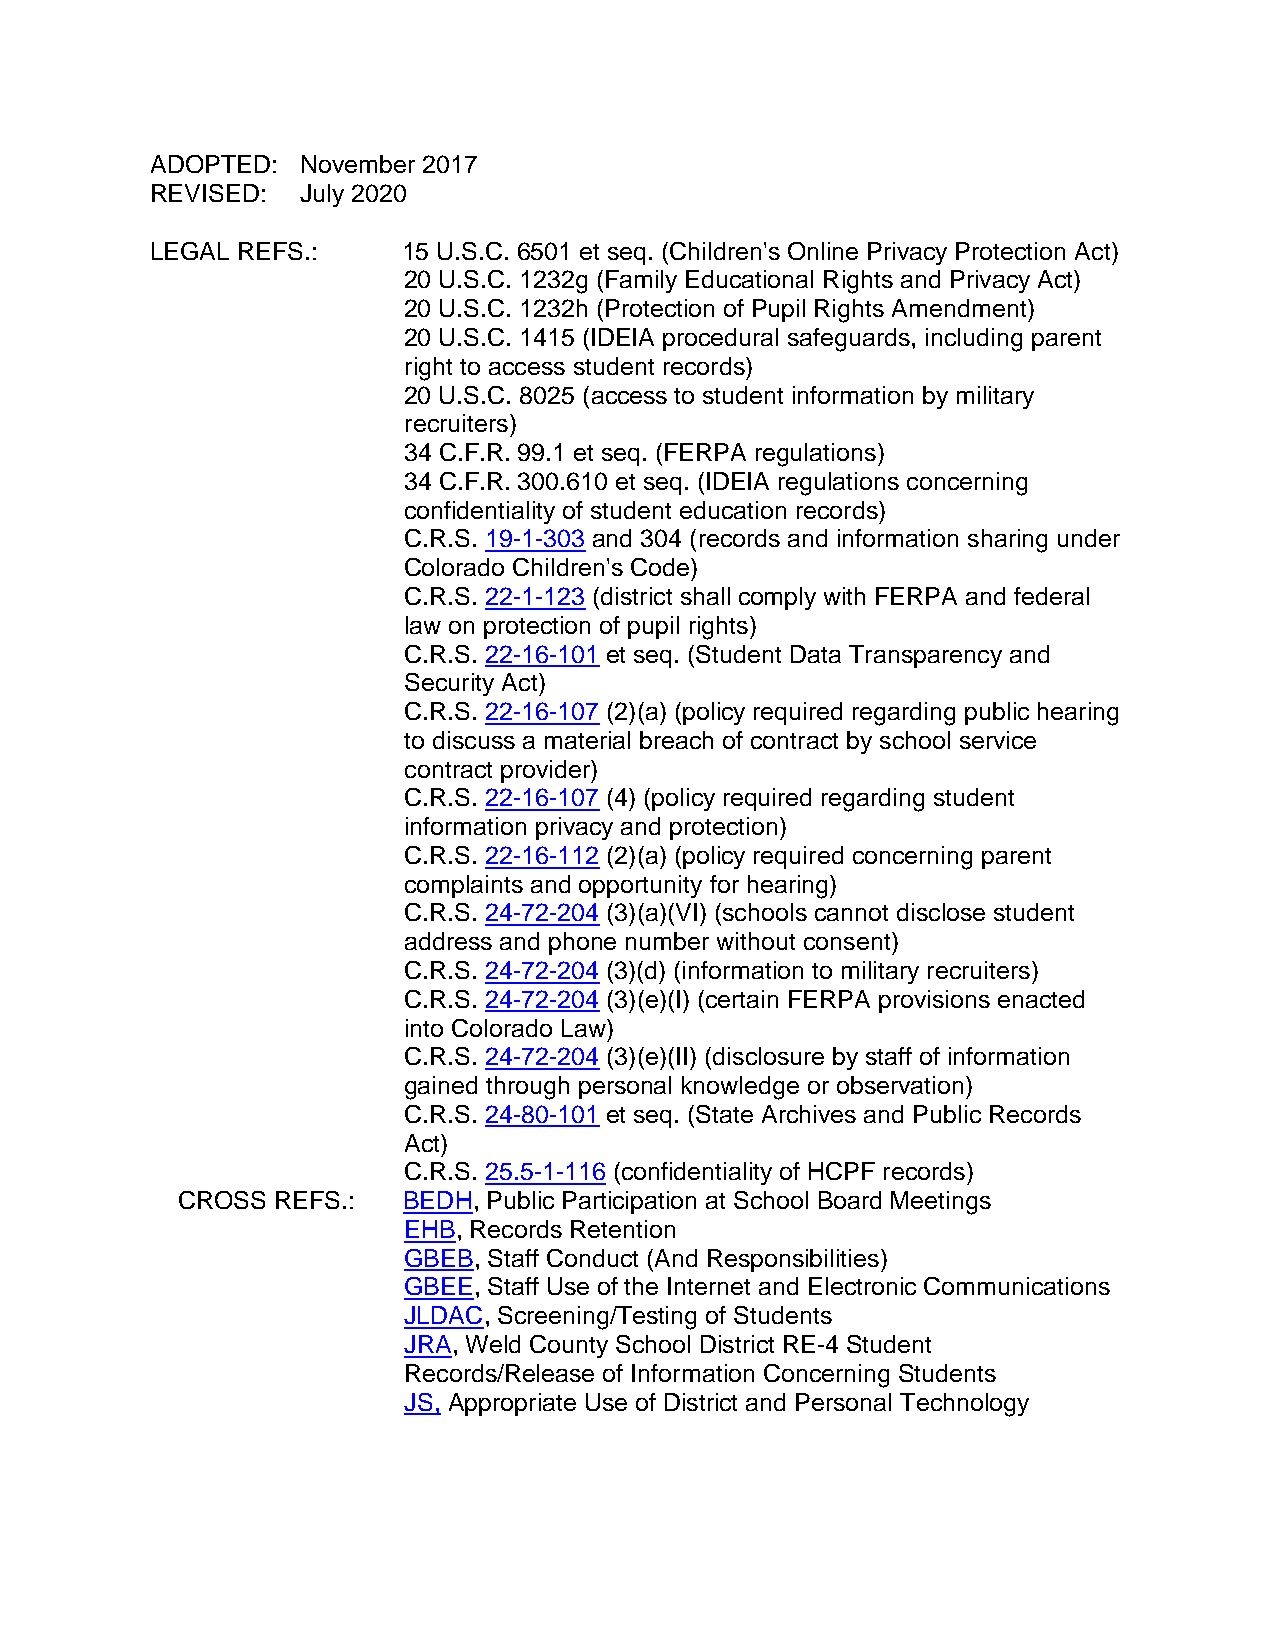
ADOPTED:  November 2017
 REVISED:  July 2020
 LEGAL REFS.:     15 U.S.C. 6501 et seq. (Children's Online Privacy Protection Act)
 20 U.S.C. 1232g (Family Educational Rights and Privacy Act)
 20 U.S.C. 1232h (Protection of Pupil Rights Amendment)
 20 U.S.C. 1415 (IDEIA procedural safeguards, including parent
 right to access student records)
 20 U.S.C. 8025 (access to student information by military
 recruiters)
 34 C.F.R. 99.1 et seq. (FERPA regulations)
 34 C.F.R. 300.610 et seq. (IDEIA regulations concerning
 confidentiality of student education records)
 C.R.S. 19-1-303 and 304 (records and information sharing under
 Colorado Children's Code)
 C.R.S. 22-1-123 (district shall comply with FERPA and federal
 law on protection of pupil rights)
 C.R.S. 22-16-101 et seq. (Student Data Transparency and
 Security Act)
 C.R.S. 22-16-107 (2)(a) (policy required regarding public hearing
 to discuss a material breach of contract by school service
 contract provider)
 C.R.S. 22-16-107 (4) (policy required regarding student
 information privacy and protection)
 C.R.S. 22-16-112 (2)(a) (policy required concerning parent
 complaints and opportunity for hearing)
 C.R.S. 24-72-204 (3)(a)(VI) (schools cannot disclose student
 address and phone number without consent)
 C.R.S. 24-72-204 (3)(d) (information to military recruiters)
 C.R.S. 24-72-204 (3)(e)(I) (certain FERPA provisions enacted
 into Colorado Law)
 C.R.S. 24-72-204 (3)(e)(II) (disclosure by staff of information
 gained through personal knowledge or observation)
 C.R.S. 24-80-101 et seq. (State Archives and Public Records
 Act)
 C.R.S. 25.5-1-116 (confidentiality of HCPF records)
 CROSS REFS.:   BEDH, Public Participation at School Board Meetings
 EHB, Records Retention
 GBEB, Staff Conduct (And Responsibilities)
 GBEE, Staff Use of the Internet and Electronic Communications
 JLDAC, Screening/Testing of Students
 JRA, Weld County School District RE-4 Student
 Records/Release of Information Concerning Students
 JS, Appropriate Use of District and Personal Technology